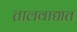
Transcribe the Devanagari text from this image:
तालवाद्यात